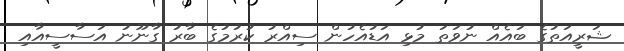
ޝަރީއަތުގެ ބައެއް ނުވަތަ މުޅި އަޑުއެހުން ސިއްރު ކުރުމުގެ ބާރު ގާނޫނު އަސާސީއާއި